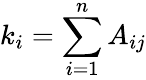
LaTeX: k_{i}=\sum_{i=1}^{n}A_{ij}